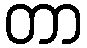
တာ